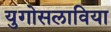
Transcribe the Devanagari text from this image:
युगोसलाविया